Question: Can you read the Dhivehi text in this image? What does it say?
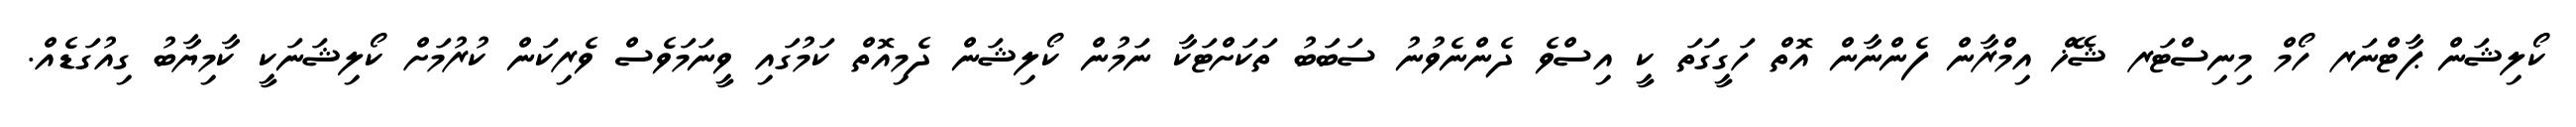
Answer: ކޯލިޝަން ޕާޓްނަރ ހޯމް މިނިސްޓަރ ޝޭޚް އިމްރާން ފެންނާން އޮތް ހަގީގަތަ ކީ އިސްވެ ދެންނެވުނު ސަބަބު ތަކަށްޓަކާ ނަމުން ކޯލިޝަން ދެމިއޮތް ކަމުގައި ވީނަމަވެސް ވެރިކަން ކުރުމަށް ކޯލިޝަނަކީ ކާމިޔާބު ގިއުގަޑެއް.